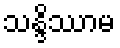
သန္ဒိဿာမ